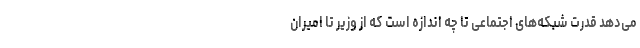
می‌دهد قدرت شبکه‌های اجتماعی تا چه اندازه است که از وزیر تا امیران